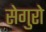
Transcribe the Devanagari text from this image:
सेगुरो